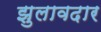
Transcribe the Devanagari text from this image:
झुलावदार